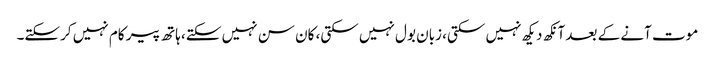
موت آنے کے بعد آنکھ دیکھ نہیں سکتی، زبان بول نہیں سکتی، کان سن نہیں سکتے، ہاتھ پیر کام نہیں کرسکتے۔